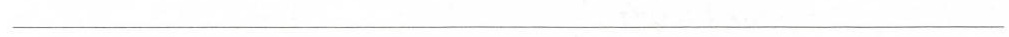
___